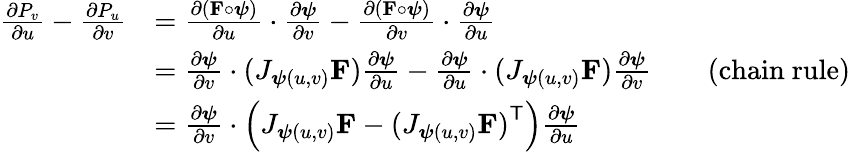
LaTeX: {\begin{array}{rlrl}{{\frac{\partial P_{v}}{\partial u}}-{\frac{\partial P_{u}}{\partial v}}}&{={\frac{\partial(\mathbf{F}\circ{\boldsymbol{\psi}})}{\partial u}}\cdot{\frac{\partial{\boldsymbol{\psi}}}{\partial v}}-{\frac{\partial(\mathbf{F}\circ{\boldsymbol{\psi}})}{\partial v}}\cdot{\frac{\partial{\boldsymbol{\psi}}}{\partial u}}}\\ &{={\frac{\partial{\boldsymbol{\psi}}}{\partial v}}\cdot(J_{{\boldsymbol{\psi}}(u,v)}\mathbf{F}){\frac{\partial{\boldsymbol{\psi}}}{\partial u}}-{\frac{\partial{\boldsymbol{\psi}}}{\partial u}}\cdot(J_{{\boldsymbol{\psi}}(u,v)}\mathbf{F}){\frac{\partial{\boldsymbol{\psi}}}{\partial v}}}&&{{\mathrm{(chain~rule)}}}\\ &{={\frac{\partial{\boldsymbol{\psi}}}{\partial v}}\cdot\left(J_{{\boldsymbol{\psi}}(u,v)}\mathbf{F}-{(J_{{\boldsymbol{\psi}}(u,v)}\mathbf{F})}^{\mathsf{T}}\right){\frac{\partial{\boldsymbol{\psi}}}{\partial u}}}\end{array}}